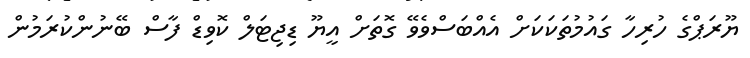
ޔޫރަޕްގެ ހުރިހާ ގައުމުތަކަކަށް އެއްބަސްވެވޭ ގޮތަށް އީޔޫ ޑިޖިޓަލް ކޮވިޑް ފާސް ބޭނުންކުރަމުން